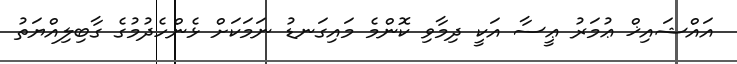
އައްޝައިޚް ޢުމަރު ޢީސާ އަކީ ދިމާވި ކޮންމެ މައިގަނޑު ނަމަކަށް ޅެންހެދުމުގެ ގާބިލިއްޔަތު